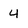
Character: 4